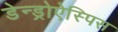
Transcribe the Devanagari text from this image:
डेन्ड्रोऐस्पिस